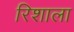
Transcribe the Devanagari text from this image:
रिशाला